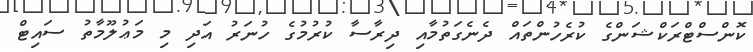
ކޮންސްޓްރަކްޝަންގެ ކުރެހުންތައް ދެނެގަތުމާއި ދިރާސާ ކުރުމުގެ ހުނަރު އަދި މި މަޢުލޫމާތު ސައިޓް